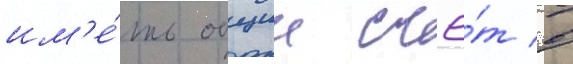
им'е́ть общии счё́т в